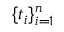
\{ t _ { i } \} _ { i = 1 } ^ { n }